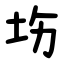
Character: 㘯